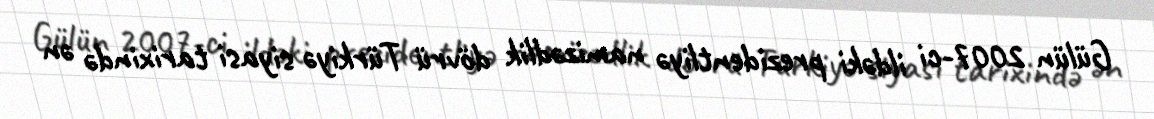
Gülün 2007-ci ildəki prezidentliyə namizədlik dövrü Türkiyə siyasi tarixində ən